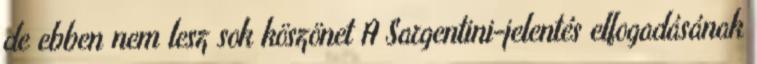
de ebben nem lesz sok köszönet A Sargentini-jelentés elfogadásának